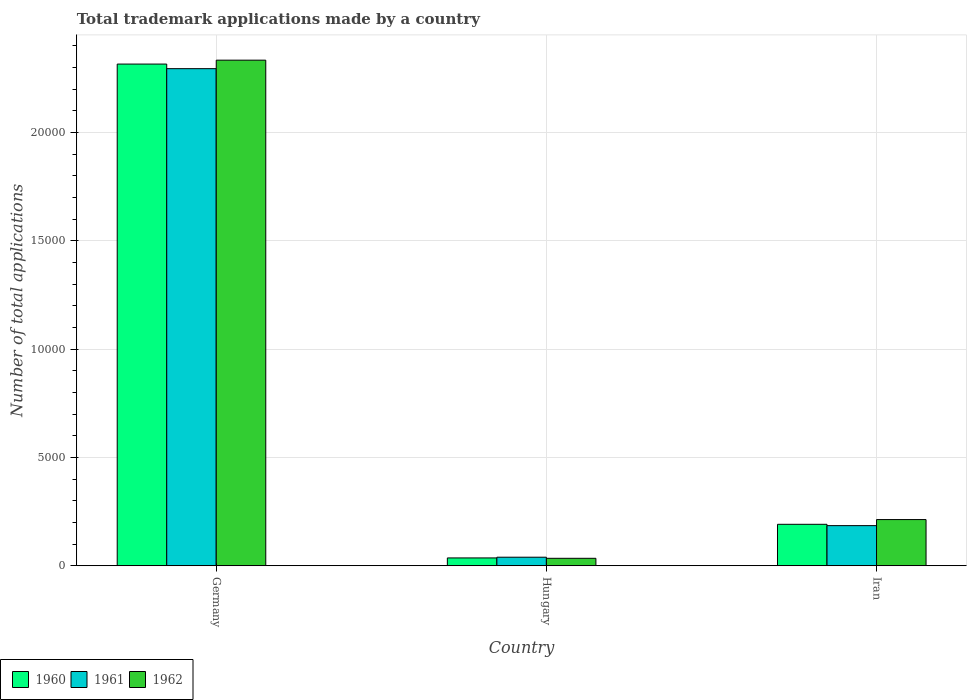
| Country | 1960 | 1961 | 1962 |
 | --- | --- | --- | --- |
 | Germany | 2.32e+04 | 2.29e+04 | 2.33e+04 |
 | Hungary | 363 | 396 | 346 |
 | Iran | 1.92e+03 | 1.85e+03 | 2.13e+03 |